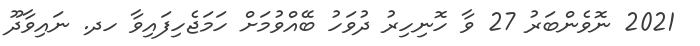
2021 ނޮވެންބަރު 27 ވާ ހޮނިހިރު ދުވަހު ބޭއްވުމަށް ހަމަޖެހިފައިވާ ހދ. ނައިވާދޫ